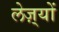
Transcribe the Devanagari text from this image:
लेज़्यों